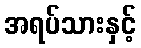
အရပ်သားနှင့်